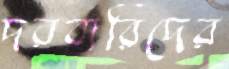
দরবারিদের